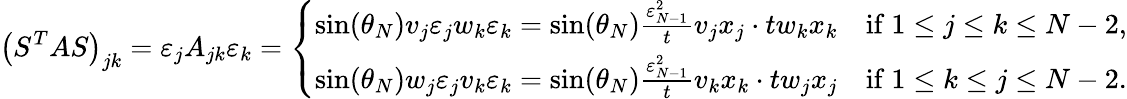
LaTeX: \left(S^{T}AS\right)_{jk}=\varepsilon_{j}A_{jk}\varepsilon_{k}=\left\{ \begin{array}{ll}{\sin(\theta_{N})v_{j}\varepsilon_{j}w_{k}\varepsilon_{k}=\sin(\theta_{N})\frac{\varepsilon_{N-1}^{2}}{t}v_{j}x_{j}\cdot tw_{k}x_{k}}&{\mathrm{if~}1\leq j\le k\le N-2,}\\ {\sin(\theta_{N})w_{j}\varepsilon_{j}v_{k}\varepsilon_{k}=\sin(\theta_{N})\frac{\varepsilon_{N-1}^{2}}{t}v_{k}x_{k}\cdot tw_{j}x_{j}}&{\mathrm{if~}1\leq k\le j\le N-2.}\end{array}\right.